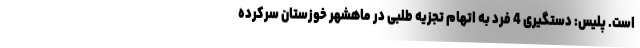
است. پلیس: دستگیری 4 فرد به اتهام تجزیه طلبی در ماهشهر خوزستان سرکرده